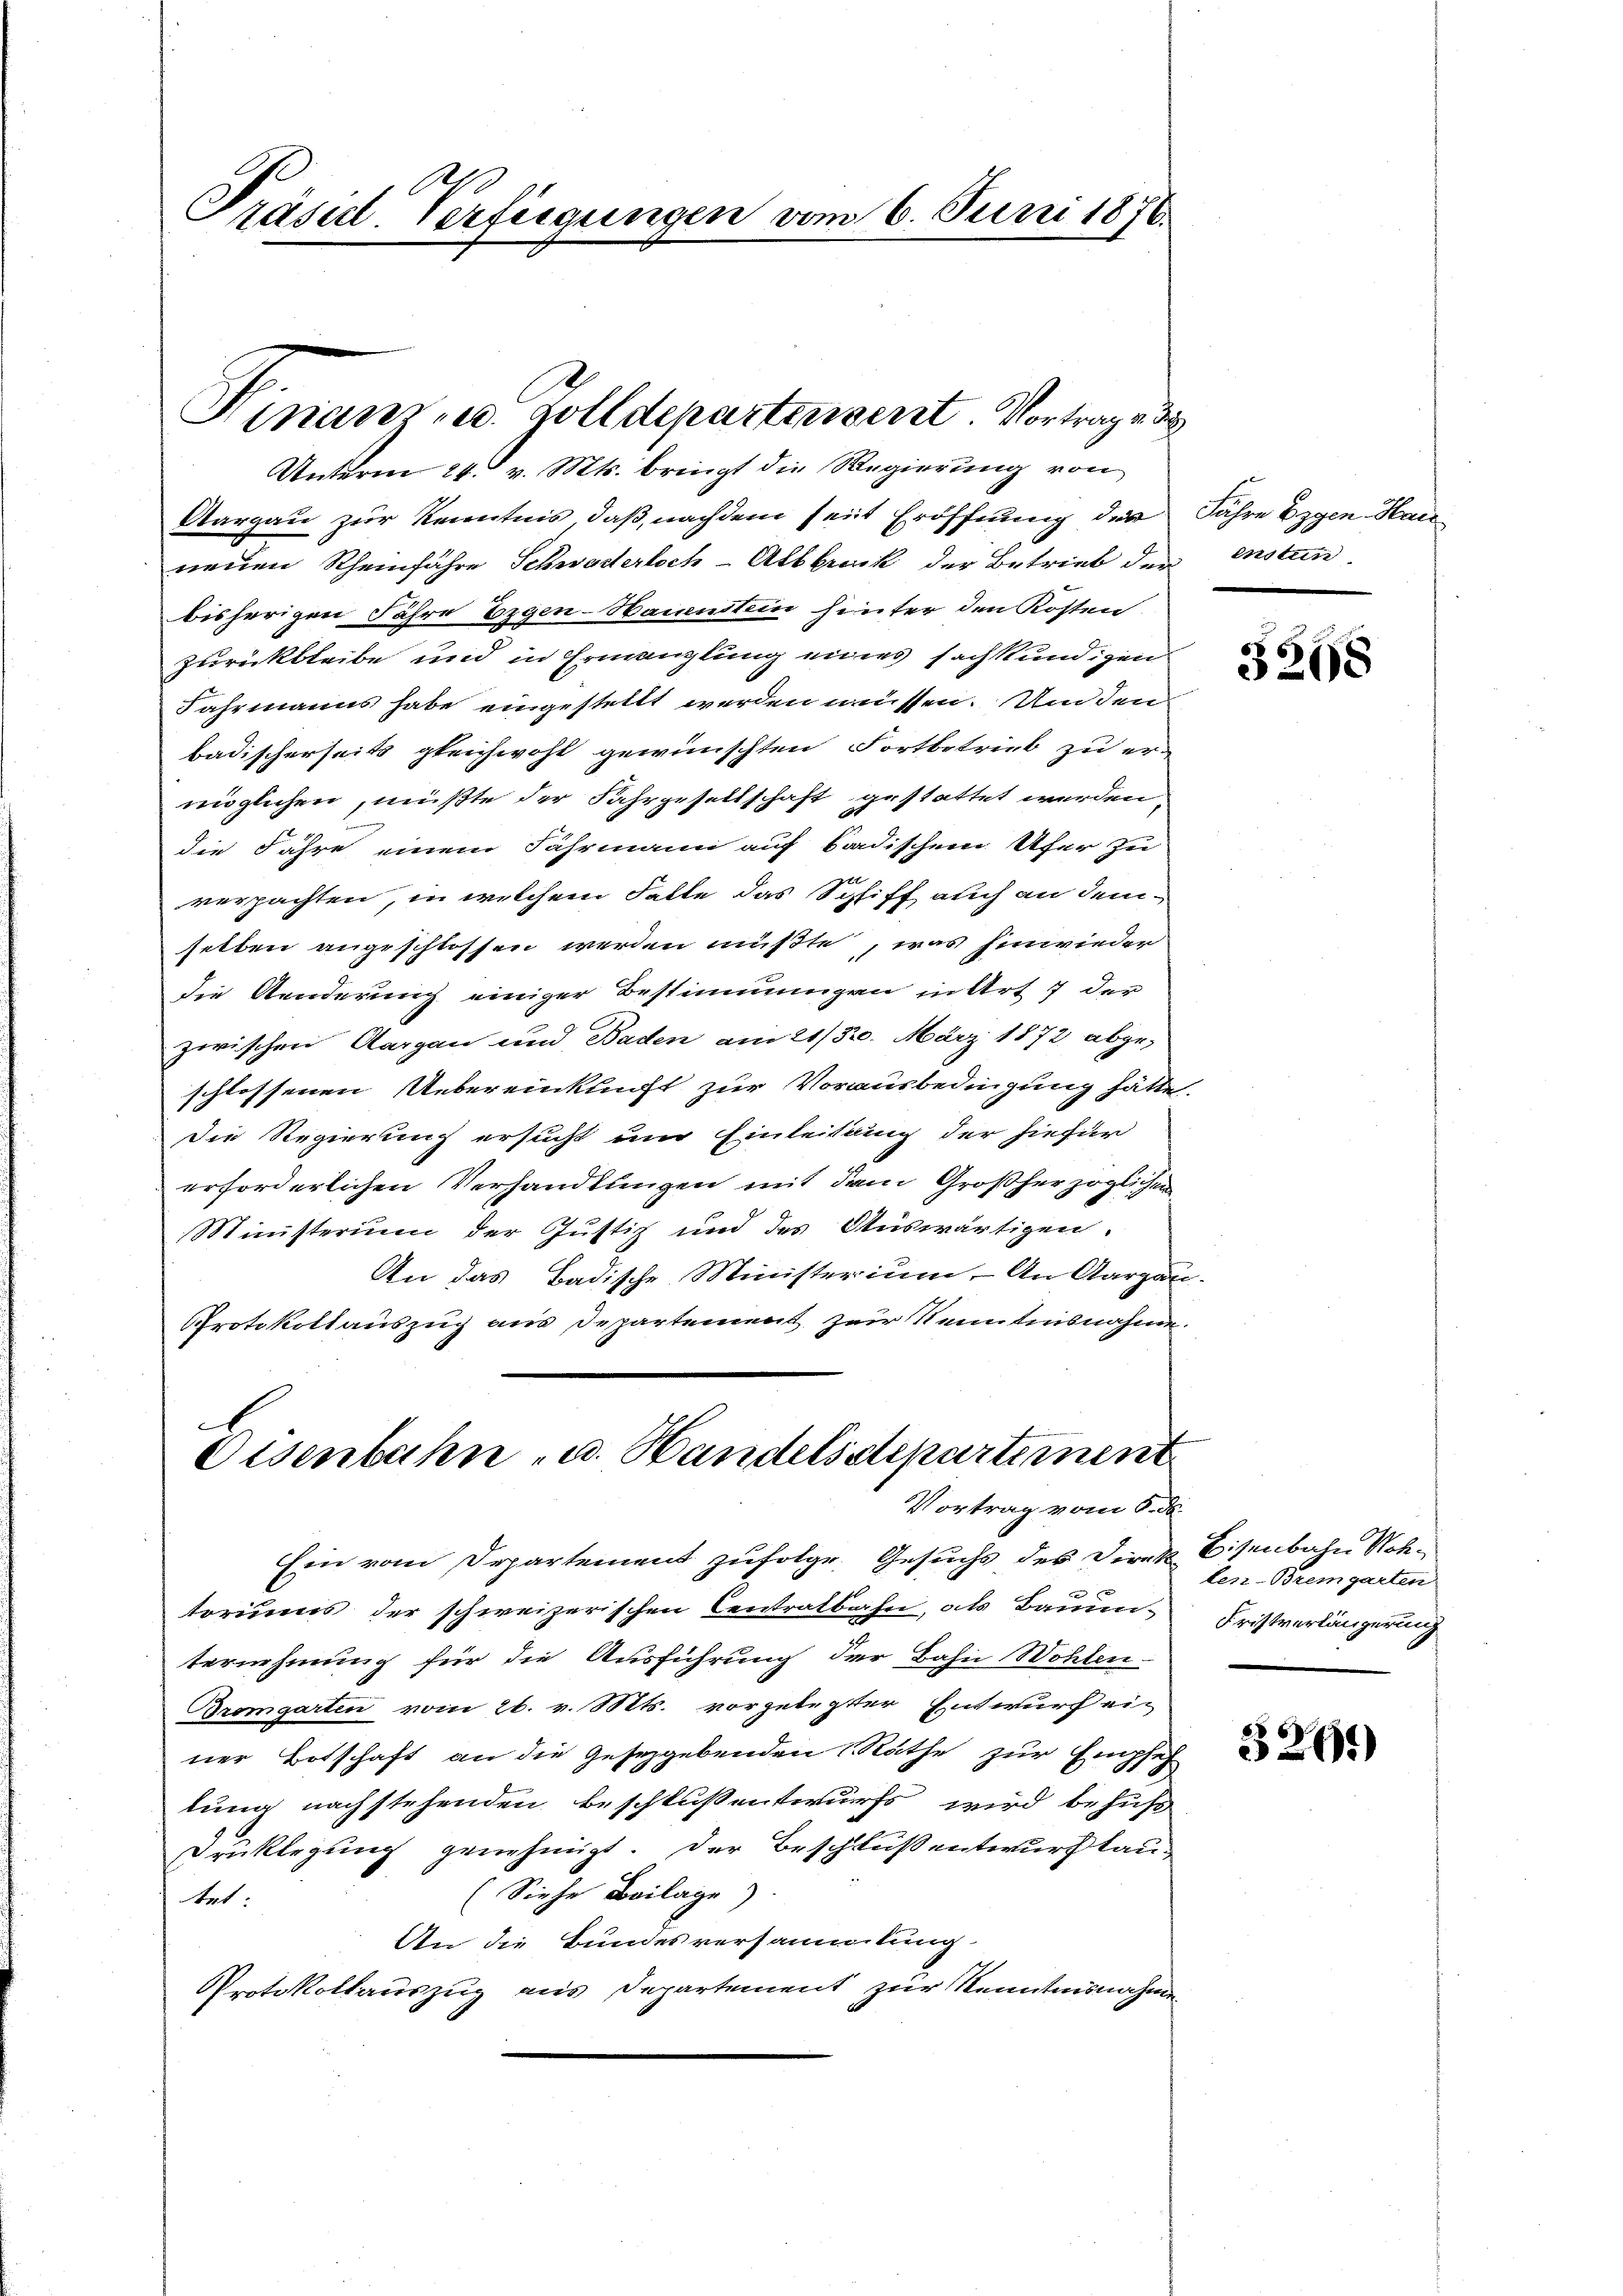
Präsul-Verfügungen vom 6. Juni 1876.

Finanz- u. Zolldepartensent Vortrage de

Unterm 24. v. Mts. bringt die Regierŭng von
Aargau zur Kenntnis, daß nachdem seit Eröffnung des Jahre Eigen Hau
neuen Rheinfahre Schwaderloch Abbruck der Betrieb der enstun
bisherigen Jahre Eigen-Namenstein hinter den Kosten
zurückbleibe und in Ermanglung eines sachkundigen
Jahrmanns habe eingestellt werden müssen. Um den
badischerseits gleichwohl gewünschten Fortbetrieb zu er-
möglichen, müßte der Fahrgesellschaft gestattet werden,
die Jahre einem Fahrmann auf badischem Ufer zu
2
verpachten, in welchem Falle das Schliff auch an demselben angeschlossen werden müßte, was hinwieder
die Aenderung einiger Bestimmungen in Art 7 der
zwischen Aargau und Baden am 21/320. März 1872 abge-
schlossenen Uebereinklucht zur Vorausbedingung hätte.
die Regierung ersucht um Einleitung der hiefür
erforderlichen Verhandlungen mit dem Großherzoglichen
Ministerium der Justiz und des Auswärtigen.
An das Badische Ministerium. An Aargau.
Protokollauszug aus Departement zur Kenntnisnahme.

Disenbahn u. Handelsdepartement
Vortrag vom 6. de

Ein vom Departement zufolge Gesuchs des Direk
toriums der schweizerischen Centratbahn, als Bauun-
ternehmung für die Ausführung der Bahn Wohlen-
Bremgarten vom 26. v. Mts. vorgelegter Entwurf ein
ner Botschaft an die Gesetzgebenden Räthe zur Empfeh
tung nachstehenden Beschluß entwurfs wird behuf
Druklegung genehmigt. Der Beschluß entwurf lau¬
(Siehe Beilage).
tet:
An die Bundesversammlung
Protokollauszug aus Departement zur Kenntnisnahmen

E

3268

Eisenbahn Note
len-Bremgarten
Fristverlängerung

3261)